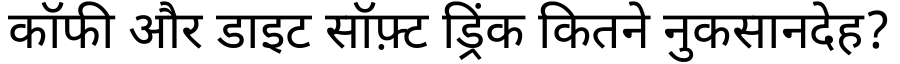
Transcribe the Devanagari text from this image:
कॉफी और डाइट सॉफ़्ट ड्रिंक कितने नुकसानदेह?